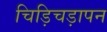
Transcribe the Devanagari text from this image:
चिड़िचड़ापन